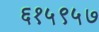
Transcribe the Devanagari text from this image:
६१५९५७